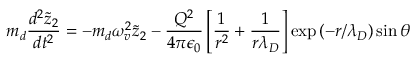
m _ { d } \frac { d ^ { 2 } \tilde { z } _ { 2 } } { d t ^ { 2 } } = - m _ { d } \omega _ { v } ^ { 2 } \tilde { z } _ { 2 } - \frac { Q ^ { 2 } } { 4 \pi \epsilon _ { 0 } } \left[ \frac { 1 } { r ^ { 2 } } + \frac { 1 } { r \lambda _ { D } } \right] \exp { \left( - r / \lambda _ { D } \right) } \sin \theta